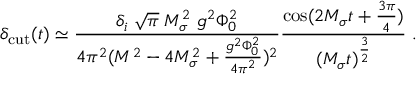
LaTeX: \delta _ { \mathrm { c u t } } ( t ) \simeq { \frac { \delta _ { i } \; \sqrt { \pi } \; M _ { \sigma } ^ { 2 } \; g ^ { 2 } \Phi _ { 0 } ^ { 2 } } { 4 \pi ^ { 2 } ( M ^ { 2 } - 4 M _ { \sigma } ^ { 2 } + { \frac { g ^ { 2 } \Phi _ { 0 } ^ { 2 } } { 4 \pi ^ { 2 } } } ) ^ { 2 } } } { \frac { \cos ( 2 M _ { \sigma } t + { \frac { 3 \pi } { 4 } } ) } { ( M _ { \sigma } t ) ^ { \frac { 3 } { 2 } } } } \; .